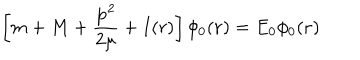
\left[ m + M + \frac { { \bf p } ^ { 2 } } { 2 \mu } + I ( r ) \right] \phi _ { 0 } ( { \bf r } ) = E _ { 0 } \phi _ { 0 } ( { \bf r } )